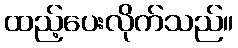
ထည့်ပေးလိုက်သည်။